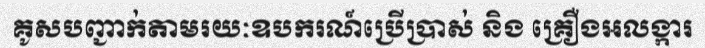
គូសបញ្ជាក់តាមរយៈឧបករណ៍ប្រើប្រាស់ និង គ្រឿងអលង្ការ